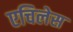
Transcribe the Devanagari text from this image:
एचिलेस